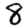
Digit: 8